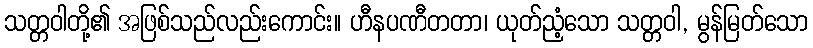
သတ္တဝါတို့၏ အဖြစ်သည်လည်းကောင်း။ ဟီနပဏီတတာ၊ ယုတ်ညံ့သော သတ္တဝါ, မွန်မြတ်သော